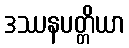
ဒဿနပတ္တိယာ